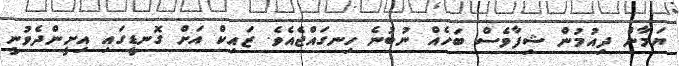
ޔަމާން ދިއުމުން ޝިފާވެސް ބަހެއް ނުބުނެ ހިނގައްޖެއެވެ. ޒައިކް އަށް ގޮނޑީގައި އިށީންދެވުނީ